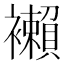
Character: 襰